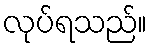
လုပ်ရသည်။